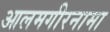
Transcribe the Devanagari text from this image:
आलमगीरनामा